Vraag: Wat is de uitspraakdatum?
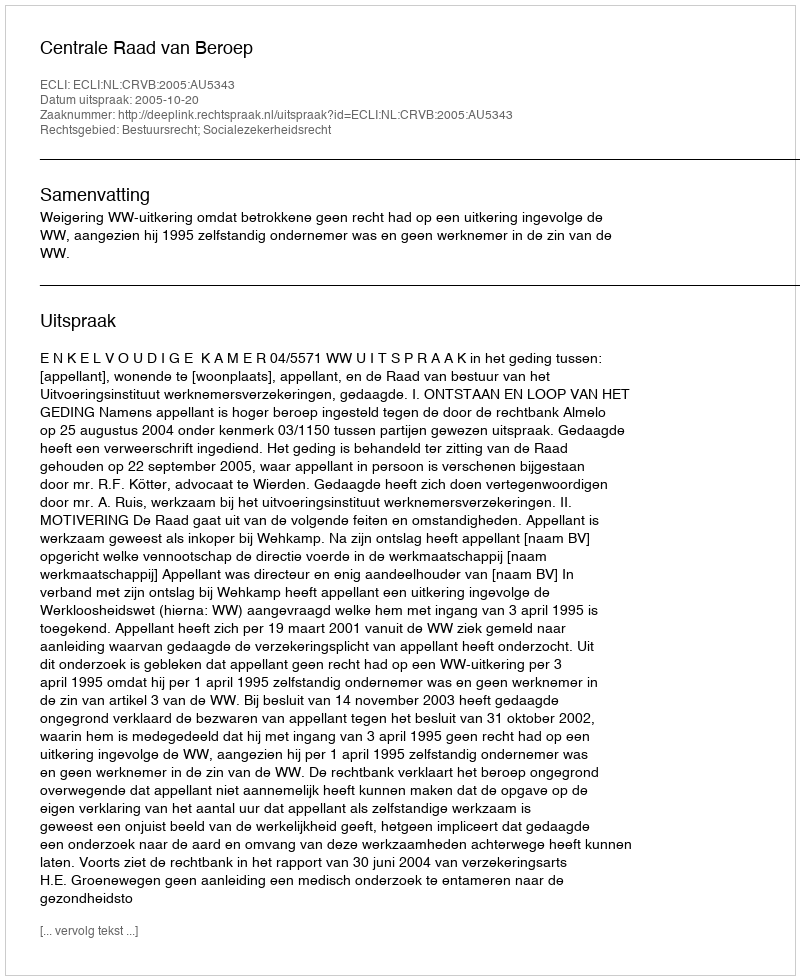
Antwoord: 2005-10-20